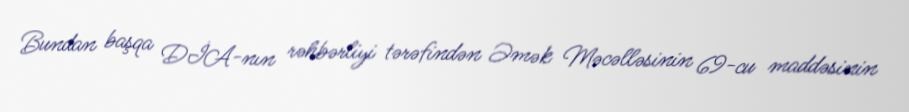
Bundan başqa DİA-nın rəhbərliyi tərəfindən Əmək Məcəlləsinin 69-cu maddəsinin